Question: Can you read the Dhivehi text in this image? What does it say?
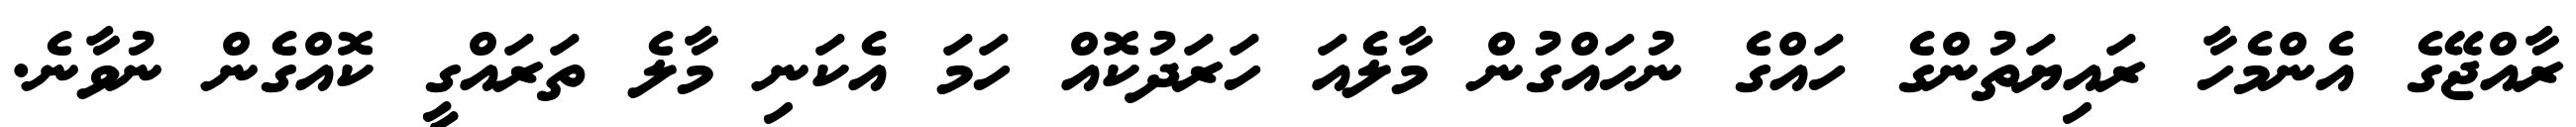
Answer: ރާއްޖޭގެ އެންމެހާ ރައިޔަތުންގެ ހައްގެ ނުހައްގުން މާލެއަ ހަރަދުކޮއް ހަމަ އެކަނި މާލެ ތަރައްގީ ކޮއްގެން ނުވާނެ.